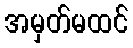
အမှတ်မထင်